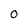
Character: 0